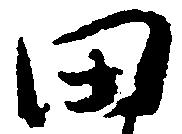
田